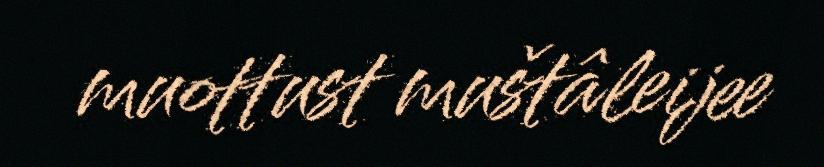
muottust muštâleijee